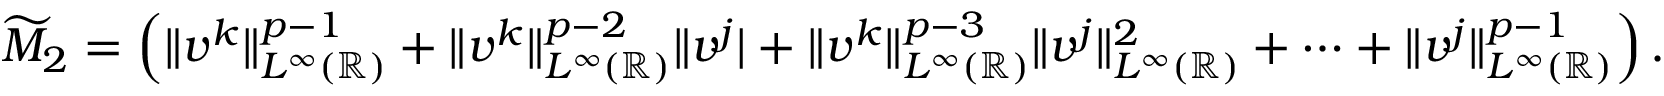
\widetilde { M } _ { 2 } = \left( \| v ^ { k } \| _ { L ^ { \infty } ( \mathbb { R } ) } ^ { p - 1 } + \| v ^ { k } \| _ { L ^ { \infty } ( \mathbb { R } ) } ^ { p - 2 } \| v ^ { j } | + \| v ^ { k } \| _ { L ^ { \infty } ( \mathbb { R } ) } ^ { p - 3 } \| v ^ { j } \| _ { L ^ { \infty } ( \mathbb { R } ) } ^ { 2 } + \cdots + \| v ^ { j } \| _ { L ^ { \infty } ( \mathbb { R } ) } ^ { p - 1 } \right) .